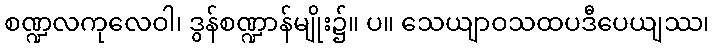
စဏ္ဍလကုလေဝါ၊ ဒွန်စဏ္ဍာန်မျိုး၌။ ပ။ သေယျာဝသထပဒီပေယျဿ၊